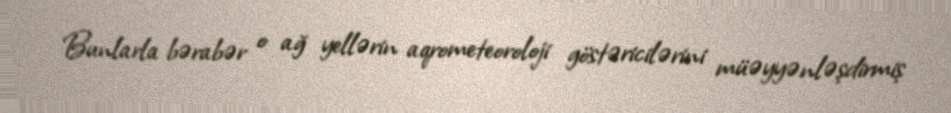
Bunlarla bərabər o ağ yellərin aqrometeoroloji göstəricilərini müəyyənləşdirmiş